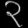
Digit: ၃